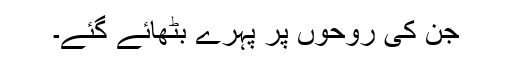
جن کی روحوں پر پہرے بٹھائے گئے۔